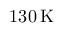
1 3 0 \, \mathrm { K }